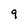
Character: 9